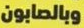
وبالصابون